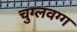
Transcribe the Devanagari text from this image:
चुग्लवग्ग